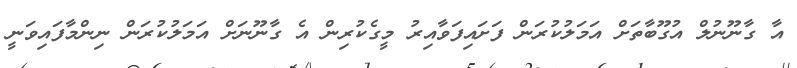
އާ ގާނޫނުލް އުގޫބާތަށް އަމަލުކުރަން ފަށައިފަވާއިރު މީގެކުރިން އެ ގާނޫނަށް އަމަލުކުރަން ނިންމާފައިވަނީ